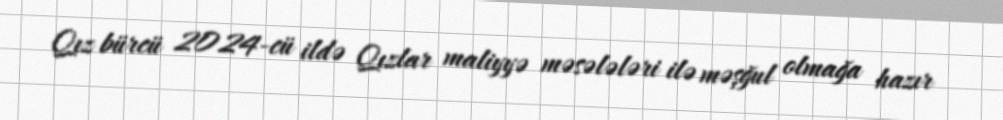
Qız bürcü 2024-cü ildə Qızlar maliyyə məsələləri ilə məşğul olmağa hazır